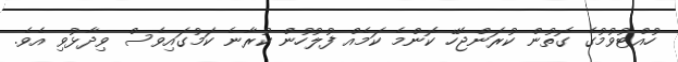
ހުއްޓުވުމުގެ ގޮތުން ކުރަންޖެހޭ ކޮންމެ ކަމެއް ފުލުހުން ކުރާނެ ކަމުގައިވެސް ވިދާޅުވި އެވެ.